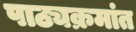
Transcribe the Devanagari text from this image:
पाठ्यक्रमांत